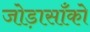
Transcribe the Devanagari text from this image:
जोड़ासाँको